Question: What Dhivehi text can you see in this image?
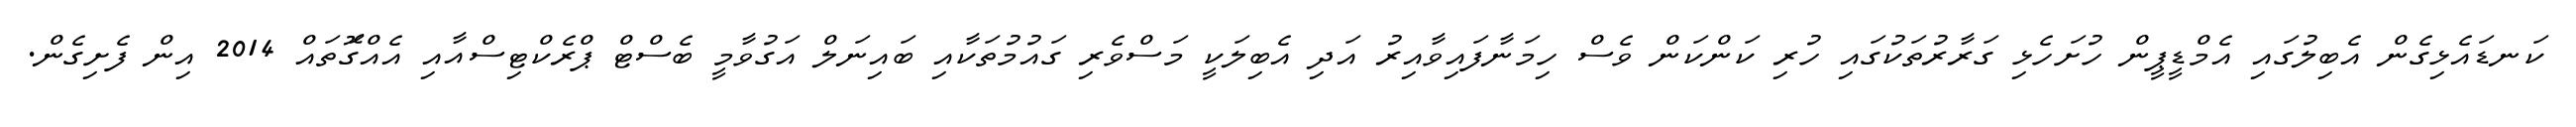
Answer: ކަނޑައެޅިގެން އެބިލުގައި އެމްޑީޕީން ހުށަހެޅި ގަރާރުތަކުގައި ހުރި ކަންކަން ވެސް ހިމަނާފައިވާއިރު އަދި އެބިލަކީ މަސްވެރި ގައުމުތަކާއި ބައިނަލް އަގުވާމީ ބެސްޓް ޕްރެކްޓިސްއާއި އެއްގޮަތައް 2014 އިން ފެށިގެން.